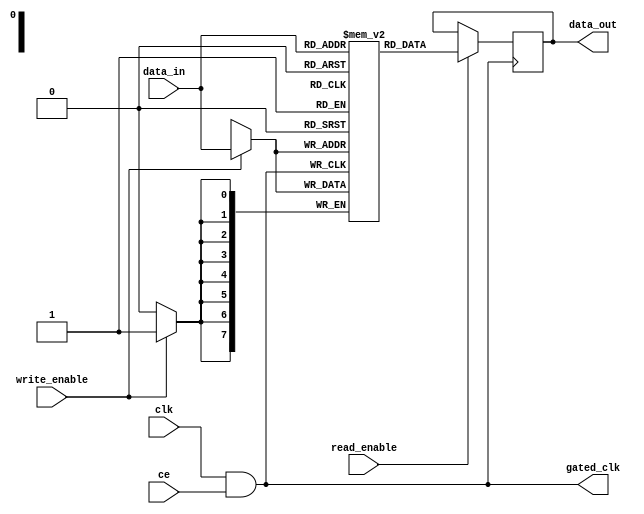
module conditional_clock_gating (
    input wire clk,            // Main clock signal
    input wire ce,             // Clock enable signal
    input wire [7:0] data_in,  // Data input for memory
    input wire write_enable,    // Write enable signal
    input wire read_enable,     // Read enable signal
    output reg [7:0] data_out,  // Data output from memory
    output wire gated_clk       // Gated clock output
);

    // Gating logic: AND gate for clock gating
    assign gated_clk = clk & ce;

    // Memory block (simple register array for demonstration)
    reg [7:0] memory [0:255]; // 256 x 8-bit memory

    // Memory operation
    always @(posedge gated_clk) begin
        if (write_enable) begin
            // Write operation
            memory[data_in[7:0]] <= data_in; // Assuming data_in is the address
        end
        if (read_enable) begin
            // Read operation
            data_out <= memory[data_in[7:0]]; // Assuming data_in is the address
        end
    end

endmodule